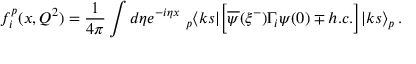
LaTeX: f _ { i } ^ { p } ( x , Q ^ { 2 } ) = { \frac { 1 } { 4 \pi } } \int d \eta e ^ { - i \eta x } ~ _ { p } \langle k s | \Big [ \overline { { { \psi } } } ( \xi ^ { - } ) \Gamma _ { i } \psi ( 0 ) \mp h . c . \Big ] | k s \rangle _ { p } \, .